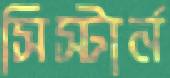
সিস্টার্ন